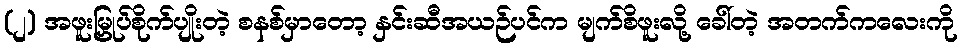
(၂) အဖူးမြှုပ်စိုက်ပျိုးတဲ့ စနစ်မှာတော့ နှင်းဆီအယဉ်ပင်က မျက်စိဖူးလို့ ခေါ်တဲ့ အတက်ကလေးကို